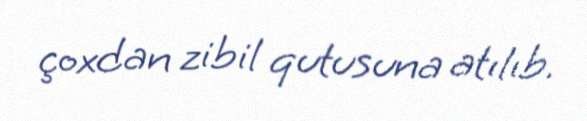
çoxdan zibil qutusuna atılıb.